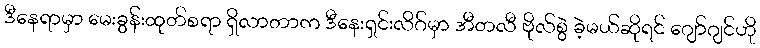
ဒီနေရာမှာ မေးခွန်းထုတ်စရာ ရှိလာတာက ဒီနေးရှင်းလိဂ်မှာ အီတလီ ဗိုလ်စွဲ ခဲ့မယ်ဆိုရင် ဂျော်ဂျင်ဟို